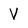
Character: V